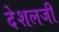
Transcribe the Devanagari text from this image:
देशलजी